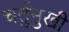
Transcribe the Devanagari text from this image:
चर्तुमुखी